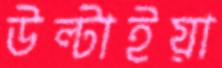
উল্‌টাইয়া